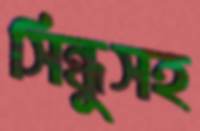
সিন্ধুসহ